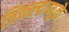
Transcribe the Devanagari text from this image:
जिंकल्यामूळे